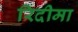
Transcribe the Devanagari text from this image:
रिदीमा